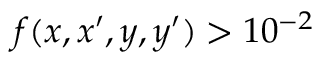
f ( x , x ^ { \prime } , y , y ^ { \prime } ) > 1 0 ^ { - 2 }